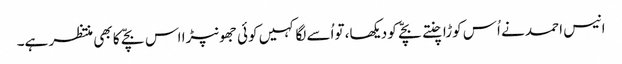
انیس احمد نے اُس کوڑا چنتے بچّے کو دیکھا، تواُسے لگا کہیں کوئی جھونپڑا اس بچّے کا بھی منتظر ہے۔